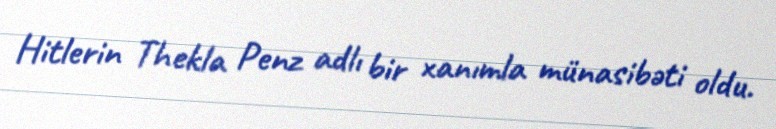
Hitlerin Thekla Penz adlı bir xanımla münasibəti oldu.